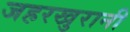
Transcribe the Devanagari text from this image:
जहरखुरानी